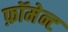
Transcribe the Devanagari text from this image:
फ़ॉमेन्ट